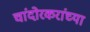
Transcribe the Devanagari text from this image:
चांदोरकरांच्या